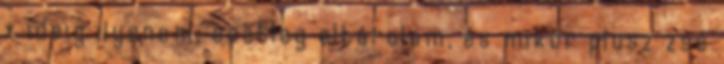
x ideig ilyenem, esetleg eltárolom, és mikor plusz zsé